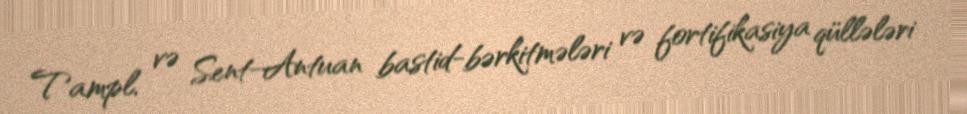
Tampl, və Sent-Antuan bastid-bərkitmələri və fortifikasiya qüllələri